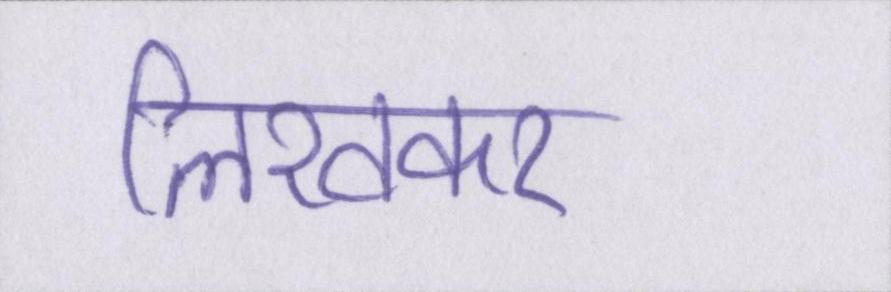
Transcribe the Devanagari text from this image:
लिखकर